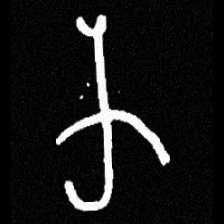
Pyu character \u2014 Myanmar letter: က (romanized: ka)